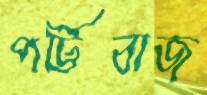
পট্টিবাজ